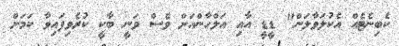
ކެބިނެޓެއް އެކުލަވާލަން" ޑީޑީ އާއި އަލްހާންއަށް ވެސް ވަނީ ބާކީ ކުރެވިފައިވާ ކަމަށް